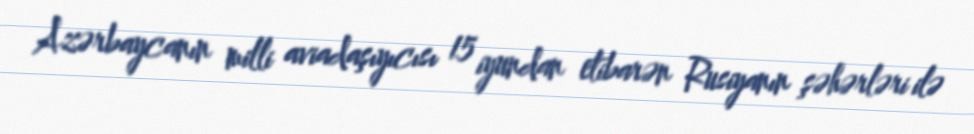
Azərbaycanın milli aviadaşıyıcısı 15 iyundan etibarən Rusiyanın şəhərləri ilə